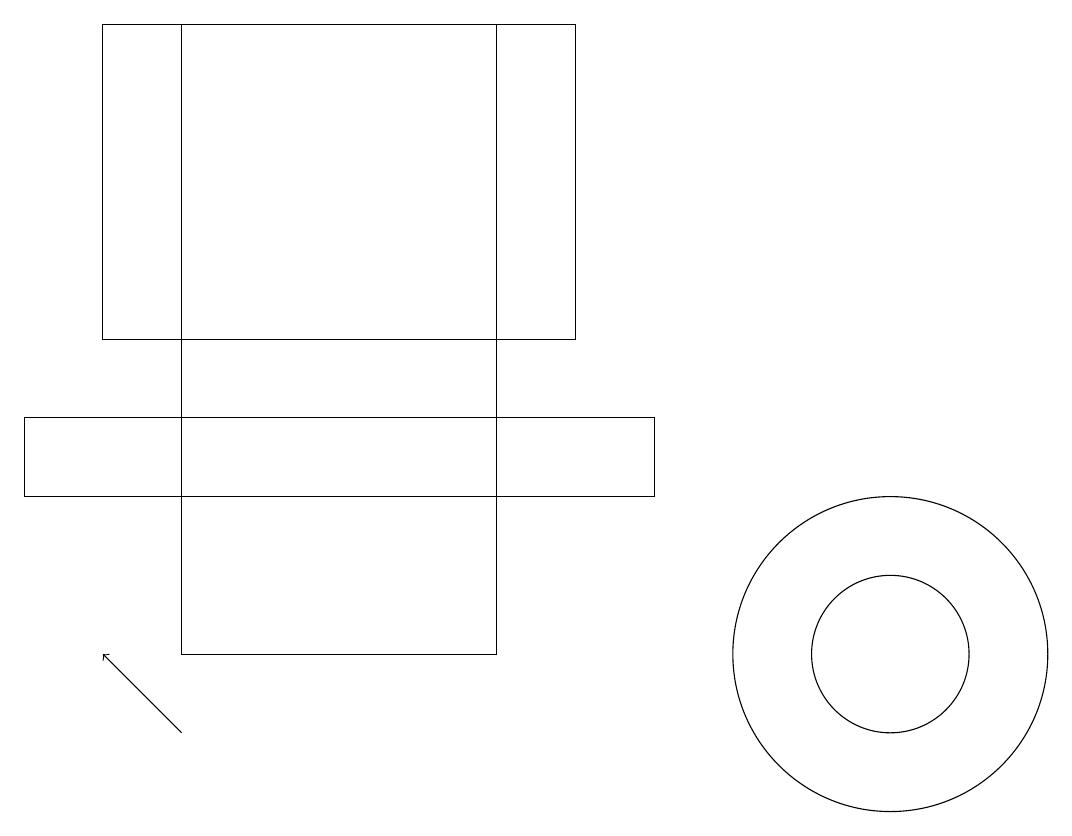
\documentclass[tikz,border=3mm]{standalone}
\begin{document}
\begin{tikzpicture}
\draw (11,11) circle (0);
\draw (0,13) rectangle (8,14);
\draw (11,11) circle (1);
\draw (1,15) rectangle (7,19);
\draw[->] (2,10) -- (1,11);
\draw (2,19) rectangle (6,11);
\draw (11,11) circle (2);
\draw (8,14) rectangle (1,14);
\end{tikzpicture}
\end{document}